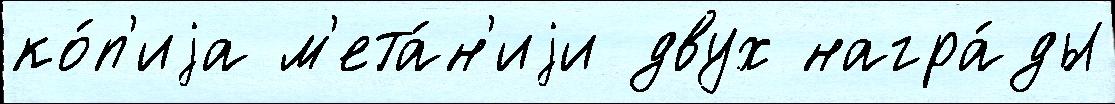
ко́п'иjа м'ета́н'иjи двух награ́ды